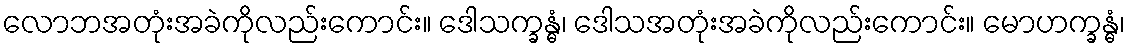
လောဘအတုံးအခဲကိုလည်းကောင်း။ ဒေါသက္ခန္ဓံ၊ ဒေါသအတုံးအခဲကိုလည်းကောင်း။ မောဟက္ခန္ဓံ၊